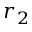
r _ { 2 }